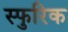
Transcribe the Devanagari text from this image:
स्फुरिक